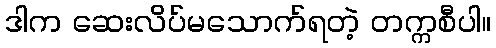
ဒါက ဆေးလိပ်မသောက်ရတဲ့ တက္ကစီပါ။